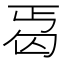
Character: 𠣣